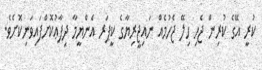
ކުރީ އޭގެ ކުރިން ޖެހި ހިލޭ ޖެހުމެއް ނައިޖީރިޔާގެ ކީޕަރ އެންޔީމާ ދިފާޢުކޮށްފައިވަނިކޮށެވެ.